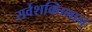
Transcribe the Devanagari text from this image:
सर्वशक्‍तिमान्